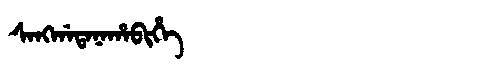
Manchu: ᠰᠠᠩᡤᠠᡨᠠᠨᠠᡥᠠᠪᡳᡥᡝ
Romanization: SANGGATANAHABIHE